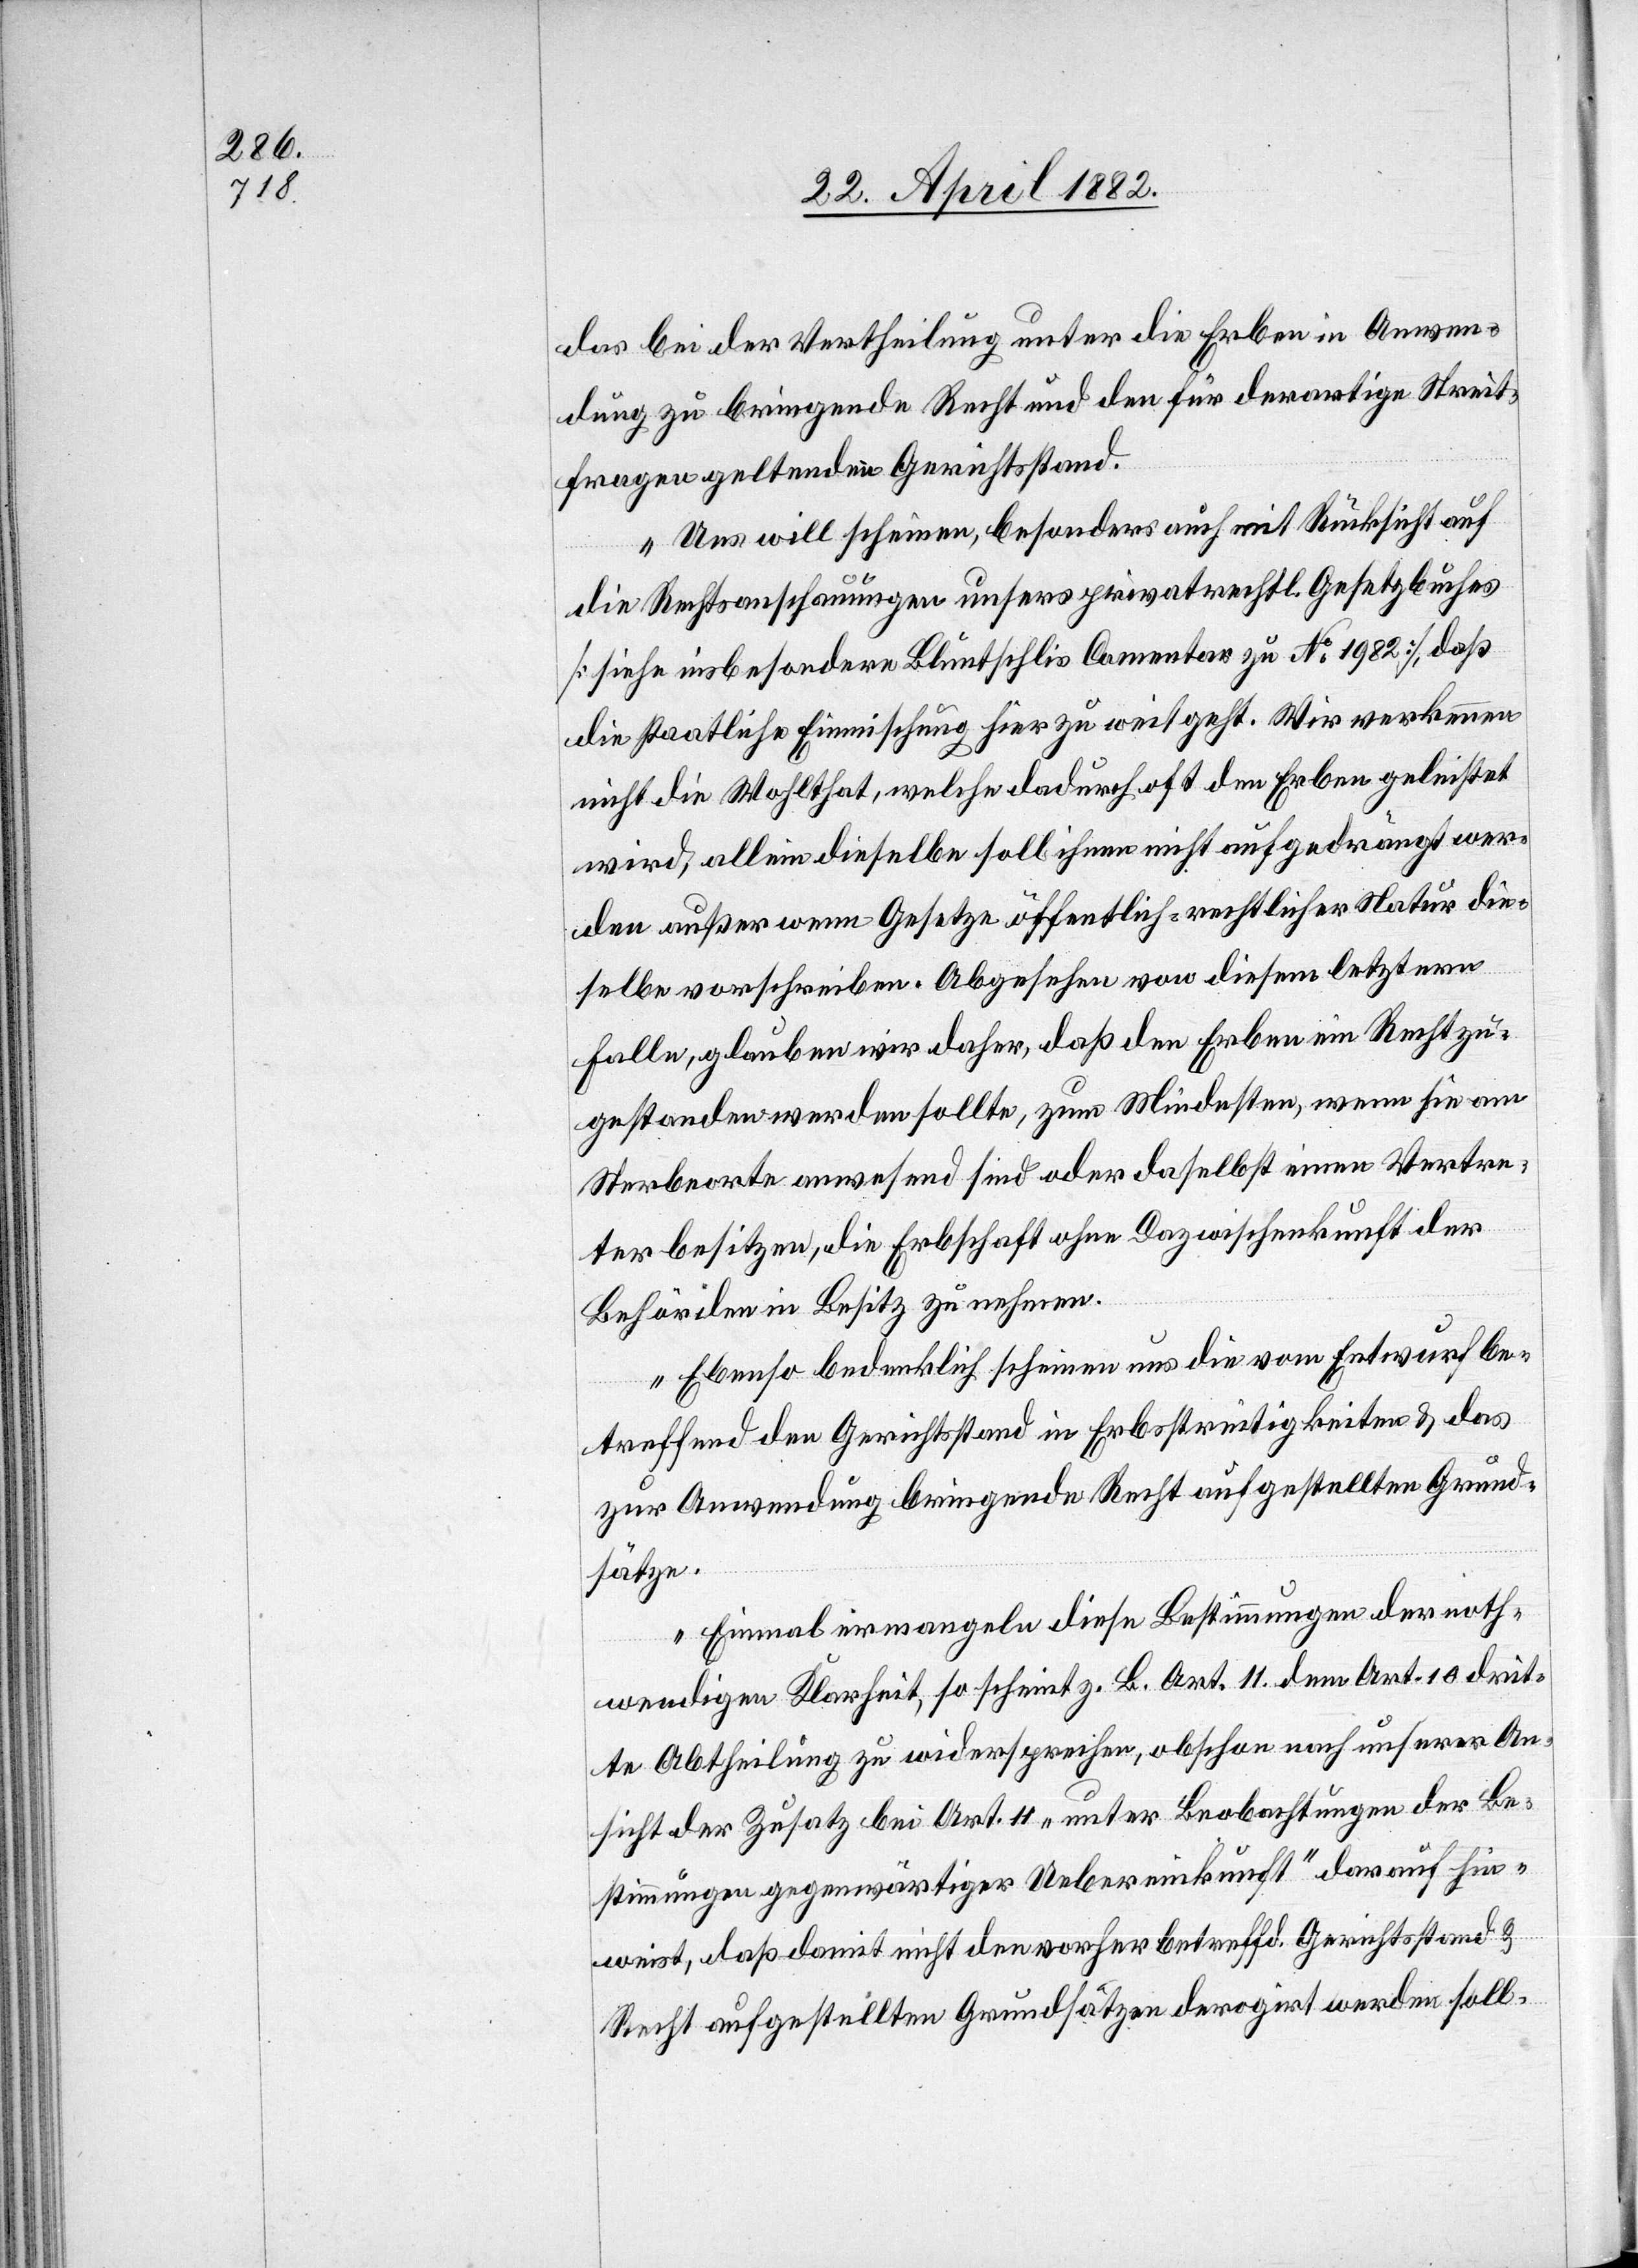
das bei der Vertheilung unter die Erben in Anwen¬
dung zu bringende Recht und den für derartige Streit¬
fragen geltenden Gerichtsstand.
Uns will scheinen, besonders auch mit Rücksicht auf
die Rechtsanschauungen unsers privatrechtl. Gesetzbuches
[siehe insbesondere Bluntschlis Comentar [sic!] zu No 1982], daß
die staatliche Einmischung hier zu weit geht. Wir verkennen
nicht die Wohlthat, welche dadurch oft den Erben geleistet
wird, allein dieselbe soll ihnen nicht aufgedrängt wer¬
den außer wenn Gesetze öffentlich-rechtlicher Natur die¬
selben vorschreiben. Abgesehen von diesem letztern
Falle, glauben wird daher, daß den Erben ein Recht zu¬
gestanden werden sollte, zum Mindesten, wenn sie am
Sterbeorte anwesend sind oder daselbst einen Vertre¬
ter besitzen, die Erbschaft ohne Dazwischenkunft der
Behörden in Besitz zu nehmen.
Ebenso bedenklich scheinen uns die vom Entwurf be¬
treffend den Gerichtsstand in Erbsstreitigkeiten & das
zur Anwendung bringende Recht aufgestellten Grund¬
sätze.
Einmal ermangle diese Bestimmung der noth¬
wendigen Klarheit, so scheint z. B. Art. 11 dem Art. 10 drit¬
te Abtheilung zu widersprechen, obschon nach unserer An¬
sicht der Zusatz bei Art. 11 „unter Beobachtungen der Be¬
stimmungen gegenwärtiger Uebereinkunft“ darauf hin¬
weist, daß damit nicht den vorher betreffend Gerichtsstand &
Recht aufgestellten Grundsätzen derogirt werden soll.